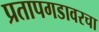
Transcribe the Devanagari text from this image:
प्रतापगडावरचा